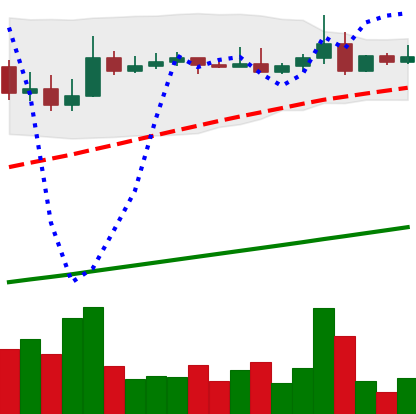
Ticker: ADA-USD
Chart end date: 2021-04-10
Forward return: 21.565%
Label: up_7plus